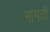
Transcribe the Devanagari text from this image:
मागती